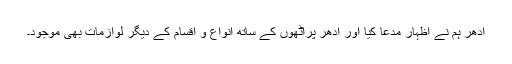
ادھر ہم نے اظہار مدعا کیا اور ادھر پراٹھوں کے ساتھ انواع و اقسام کے دیگر لوازمات بھی موجود۔